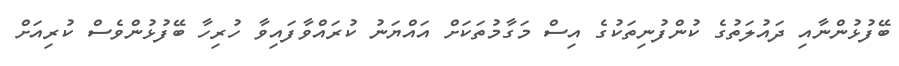
ބޭފުޅުންނާއި ދައުލަތުގެ ކުންފުނިތަކުގެ އިސް މަގާމުތަކަށް އައްޔަނު ކުރައްވާފައިވާ ހުރިހާ ބޭފުޅުންވެސް ކުރިއަށް